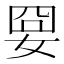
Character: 𡜸